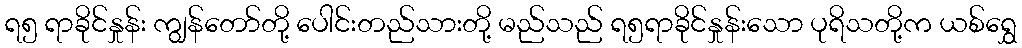
ရ၅ ရာခိုင်နှုန်း ကျွန်တော်တို့ ပေါင်းတည်သားတို့ မည်သည် ရ၅ရာခိုင်နှုန်းသော ပုရိသတို့က ယစ်ရွှေ